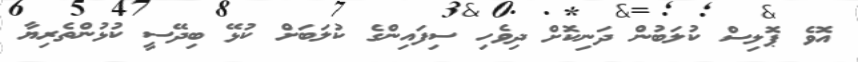
އޮވެ ޕޮލިސް ކުލަބުން ދަނިކޮށް ދިވެހި ސިފައިންގެ ކުލަބަށް ކުޅޭ ބިދޭސީ ކުޅުންތެރިޔާ